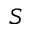
S